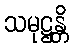
သမုဋ္ဌန္တိ